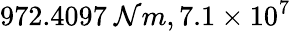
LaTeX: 972.4097~\mathcal{N}m,7.1\times10^{7}